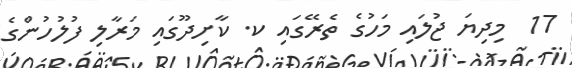
17  މިދިޔަ ޖުލައި މަހުގެ ތެރޭގައި ކ. ކާށިދޫގައި މަރާލި ފުލުހުންގެ